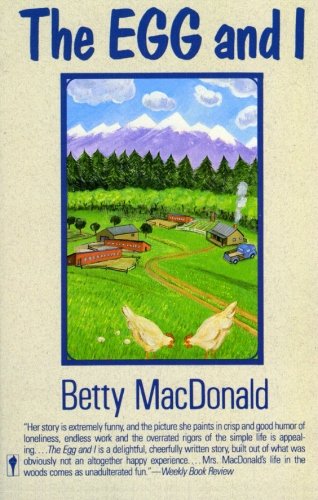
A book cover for The Egg and I; Betty MacDonald; Humor & Entertainment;